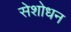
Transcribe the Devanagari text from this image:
सेशोधन